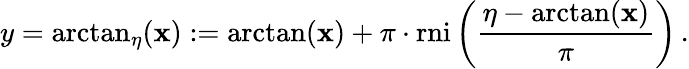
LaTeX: y=\arctan_{\eta}(\mathbf{x}):=\arctan(\mathbf{x})+\pi\cdot\operatorname{rni}\left({\frac{{\eta-\arctan(\mathbf{x})}}{{\pi}}}\right)\, .